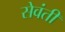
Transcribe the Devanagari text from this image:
सेवंती